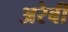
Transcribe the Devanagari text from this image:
अरेबी